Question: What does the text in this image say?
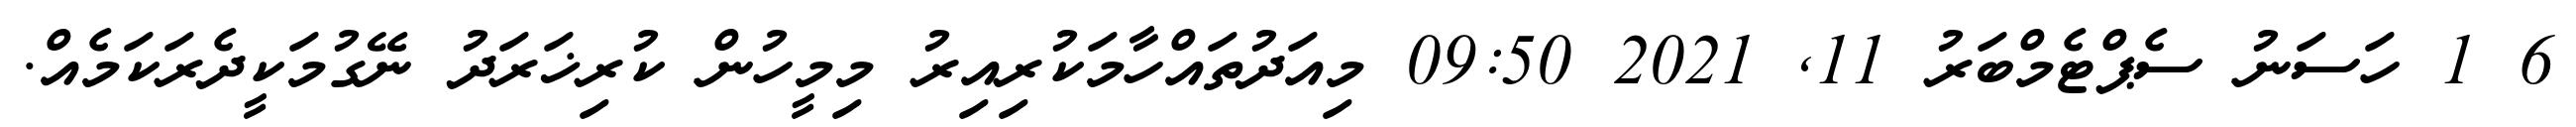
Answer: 6 1 ހަސަނު ސެޕްޓެމްބަރު 11, 2021 09:50 މިއަދުތައްހާމަކުރިއިރު މިމީހުން ކުރިޚަރަދު ނޭގުމަކީދެރަކަމެއް.